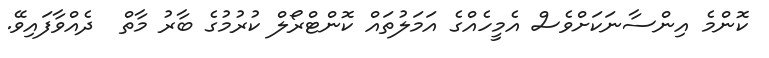
ކޮންމެ އިންސާނަކަށްވެސް އެމީހެއްގެ އަމަލުތައް ކޮންޓްރޯލް ކުރުމުގެ ބާރު މާތް  ދެއްވާފައިވޭ.